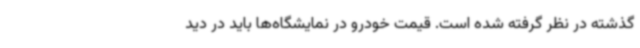
گذشته در نظر گرفته شده است. قیمت خودرو در نمایشگاه‌ها باید در دید